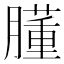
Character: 𦡂